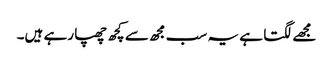
مجھے لگتا ہے یہ سب مجھ سے کچھ چھپا رہے ہیں۔